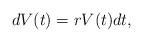
LaTeX: \begin{align*}dV(t)=rV(t)dt,\end{align*}